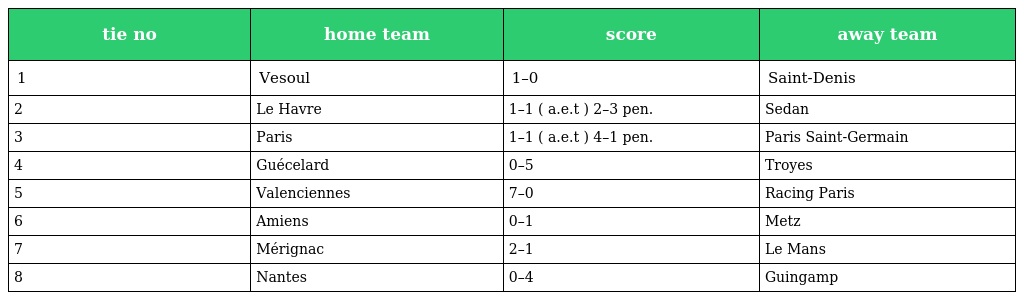
| tie no | home team | score | away team |
 | --- | --- | --- | --- |
 | 1 | Vesoul | 1–0 | Saint-Denis |
 | 2 | Le Havre | 1–1 ( a.e.t ) 2–3 pen. | Sedan |
 | 3 | Paris | 1–1 ( a.e.t ) 4–1 pen. | Paris Saint-Germain |
 | 4 | Guécelard | 0–5 | Troyes |
 | 5 | Valenciennes | 7–0 | Racing Paris |
 | 6 | Amiens | 0–1 | Metz |
 | 7 | Mérignac | 2–1 | Le Mans |
 | 8 | Nantes | 0–4 | Guingamp |